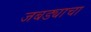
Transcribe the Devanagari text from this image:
जबड्याचा